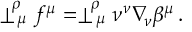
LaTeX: \perp _ { \, \mu } ^ { \! \rho } f ^ { \mu } = \perp _ { \, \mu } ^ { \! \rho } \nu ^ { \nu } \nabla _ { \! \nu } \beta ^ { \mu } \, .